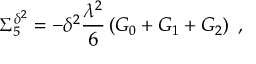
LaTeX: \Sigma _ { 5 } ^ { \delta ^ { 2 } } = - \delta ^ { 2 } \frac { \lambda ^ { 2 } } { 6 } \left( G _ { 0 } + G _ { 1 } + G _ { 2 } \right) \; ,